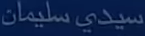
سيدى سليمان